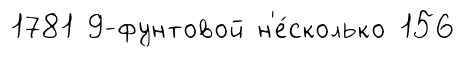
1781 9-фунтовой н'е́сколько 156